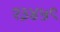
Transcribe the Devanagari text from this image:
१३४५९